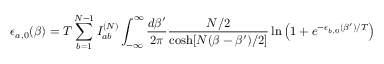
\epsilon _ { a , 0 } ( \beta ) = T \sum _ { b = 1 } ^ { N - 1 } I _ { a b } ^ { ( N ) } \int _ { - \infty } ^ { \infty } \frac { d \beta ^ { \prime } } { 2 \pi } \frac { N / 2 } { \cosh [ N ( \beta - \beta ^ { \prime } ) / 2 ] } \ln \left( 1 + e ^ { - \epsilon _ { b , 0 } ( \beta ^ { \prime } ) / T } \right)